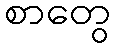
စာတွေ